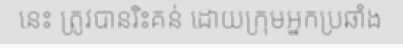
នេះ ត្រូវបានរិះគន់ ដោយក្រុមអ្នកប្រឆាំង